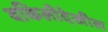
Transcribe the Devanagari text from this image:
वकिलीदेखील